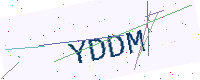
Text: YDDM